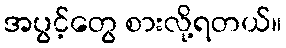
အပွင့်တွေ စားလို့ရတယ်။